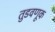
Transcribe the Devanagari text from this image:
तुडवणूक